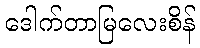
ဒေါက်တာမြလေးစိန်